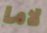
لاما